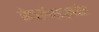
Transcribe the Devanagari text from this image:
नेदरलॅन्ड्ज़मधील